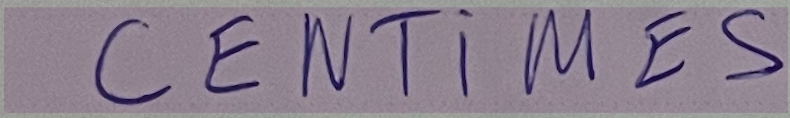
CENTIMES